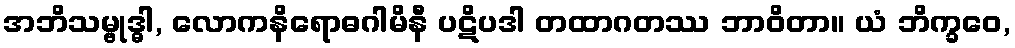
အဘိသမ္ဗုဒ္ဓါ, လောကနိရောဓဂါမိနီ ပဋိပဒါ တထာဂတဿ ဘာဝိတာ။ ယံ ဘိက္ခဝေ,